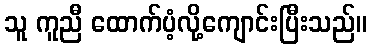
သူ ကူညီ ထောက်ပံ့လို့ကျောင်းပြီးသည်။